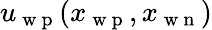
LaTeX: u_{\mathrm{~w~p~}}(x_{\mathrm{~w~p~}},x_{\mathrm{~w~n~}})